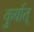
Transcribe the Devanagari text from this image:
कुर्यात्‌